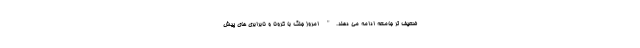
ضعيف تر جامعه ادامه مي دهند." امروز جنگ با كرونا و نابرابري هاي پيش